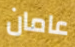
عامان